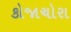
કોજાચોરા